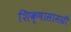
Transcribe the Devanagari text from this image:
शिक्षासामग्री